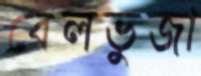
বেলভুজা